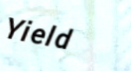
Yield